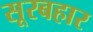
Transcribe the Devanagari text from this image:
सूरबहार